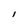
Character: l